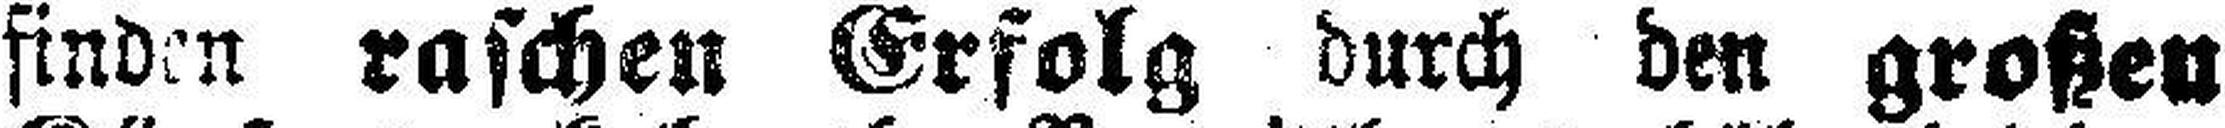
finden raschen Erfolg durch den großen